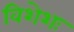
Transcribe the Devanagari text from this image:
विशेशः